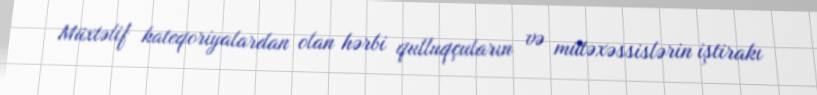
Müxtəlif kateqoriyalardan olan hərbi qulluqçuların və mütəxəssislərin iştirakı